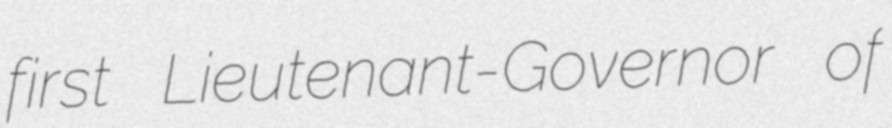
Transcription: first Lieutenant-Governor of